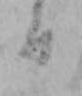
日